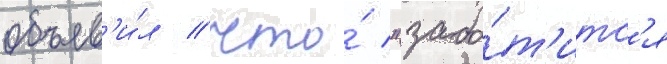
объяв'и́л / что́ "забо́т'итс'я